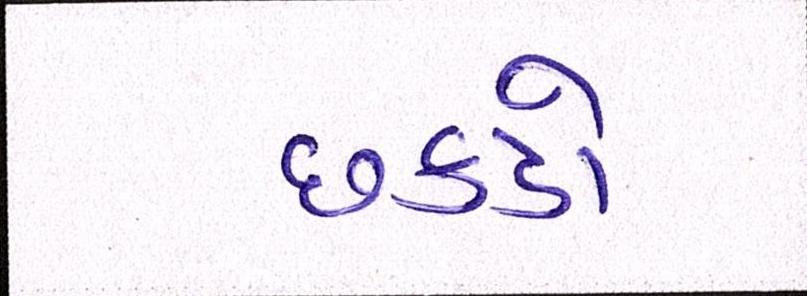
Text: છકડો